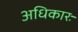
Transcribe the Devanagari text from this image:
अधिकारः